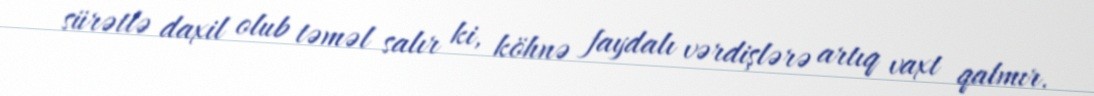
sürətlə daxil olub təməl salır ki, köhnə faydalı vərdişlərə artıq vaxt qalmır.